Document type: Sale
Year: 1499
Scribe: Joan Martínez de Sòria
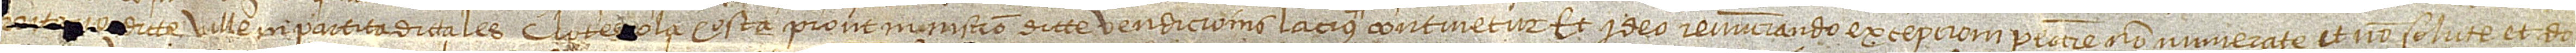
rrito[r]io dicte ville, in partita dicta les Clotes o la Costa, prout in instrumento dicte vendicionis lacius continetur. Et ideo renunciando excepcioni peccunie non numerate et non solute, et do-